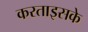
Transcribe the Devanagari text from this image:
करताइसके